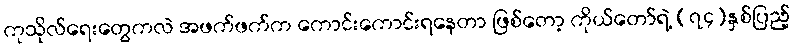
ကုသိုလ်ရေးတွေကလဲ အဖက်ဖက်က ကောင်းကောင်းရနေတာ ဖြစ်တော့ ကိုယ်တော်ရဲ့ (၇၄)နှစ်ပြည့်